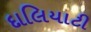
દાલિયાટી